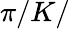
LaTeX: \pi/K/